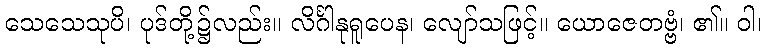
သေသေသုပိ၊ ပုဒ်တို့၌လည်း။ လိင်္ဂါနုရူပေန၊ လျော်သဖြင့်။ ယောဇေတဗ္ဗံ၊ ၏။ ဝါ၊